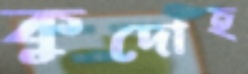
কুদোহ